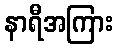
နာရီအကြား